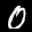
Label: 0